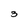
Character: 3